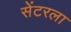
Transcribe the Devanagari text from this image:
सेंटरला